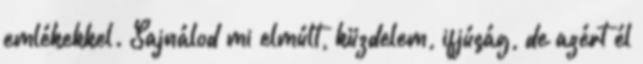
emlékekkel. Sajnálod mi elmúlt, küzdelem, ifjúság, de azért él